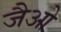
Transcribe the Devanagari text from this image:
जैओ